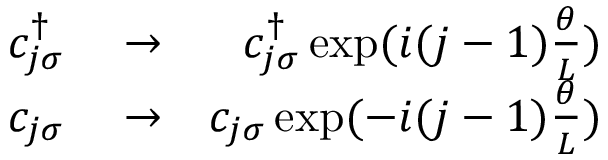
\begin{array} { r l r } { c _ { j \sigma } ^ { \dagger } } & { { } \rightarrow } & { c _ { j \sigma } ^ { \dagger } \exp ( i ( j - 1 ) \frac { \theta } { L } ) } \\ { c _ { j \sigma } } & { { } \rightarrow } & { c _ { j \sigma } \exp ( - i ( j - 1 ) \frac { \theta } { L } ) } \end{array}